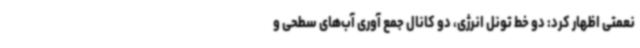
نعمتی اظهار کرد: دو خط تونل انرژی، دو کانال جمع آوری آب‌های سطحی و